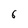
Character: 6